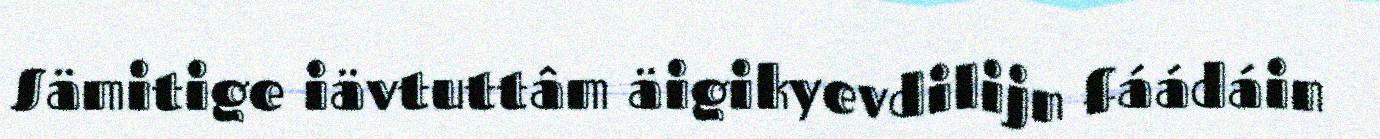
Sämitige iävtuttâm äigikyevdilijn fáádáin